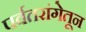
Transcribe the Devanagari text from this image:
पर्वतरांगेतून